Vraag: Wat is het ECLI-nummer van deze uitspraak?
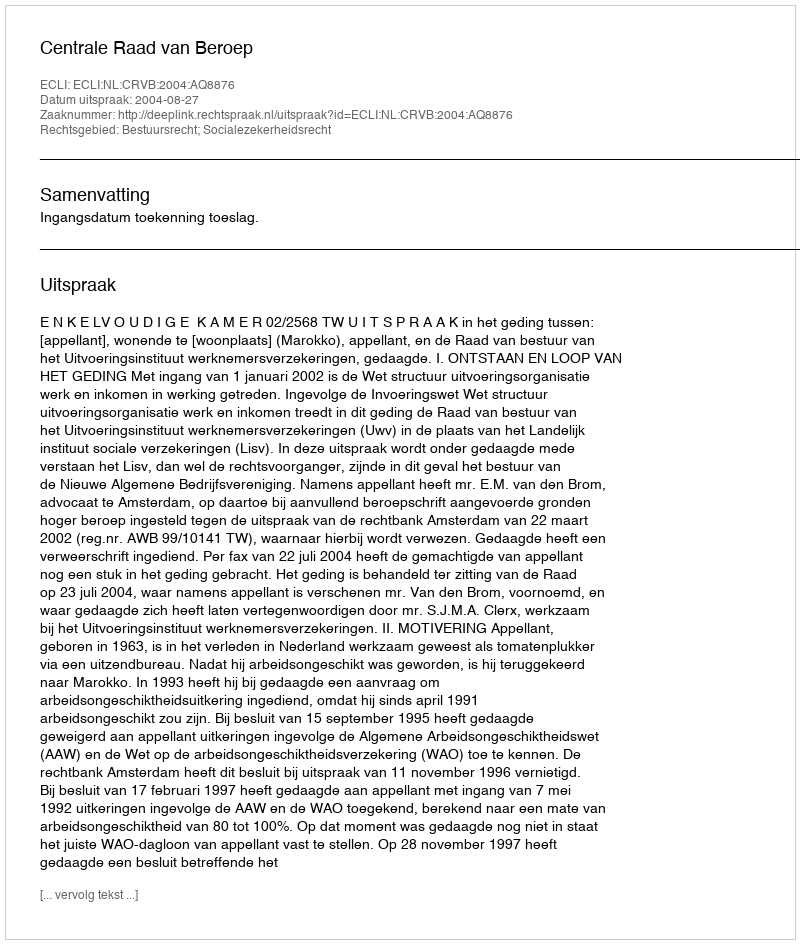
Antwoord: ECLI:NL:CRVB:2004:AQ8876